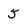
Character: 5